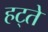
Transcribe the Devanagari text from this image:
हट्ते